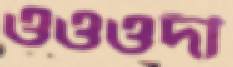
ওওওদী